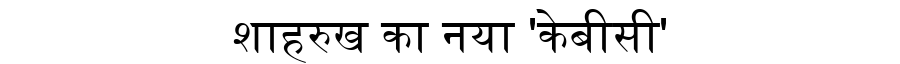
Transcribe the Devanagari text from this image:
शाहरुख का नया 'केबीसी'